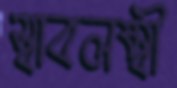
স্বাবলম্বী